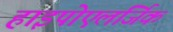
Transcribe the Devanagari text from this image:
हाइपोएलर्जिक